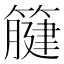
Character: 𥴤